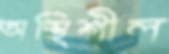
অস্থিশীল